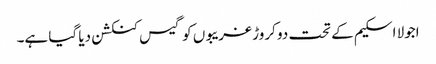
اجولا اسکیم کے تحت دو کروڑ غریبوں کو گیس کنکشن دیا گیا ہے۔